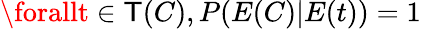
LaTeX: \forallt\in\mathsf{T}(C),P(E(C)|E(t))=1